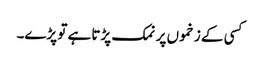
کسی کے زخموں پر نمک پڑتا ہے تو پڑے۔